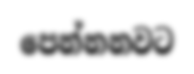
පෙන්නනවට